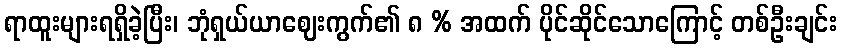
ရာထူးများရရှိခဲ့ပြီး၊ ဘုံရှယ်ယာဈေးကွက်၏ ၈ % အထက် ပိုင်ဆိုင်သောကြောင့် တစ်ဦးချင်း